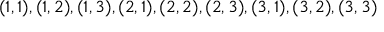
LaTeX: ( 1 , 1 ) , ( 1 , 2 ) , ( 1 , 3 ) , ( 2 , 1 ) , ( 2 , 2 ) , ( 2 , 3 ) , ( 3 , 1 ) , ( 3 , 2 ) , ( 3 , 3 )